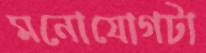
মনোযোগটা